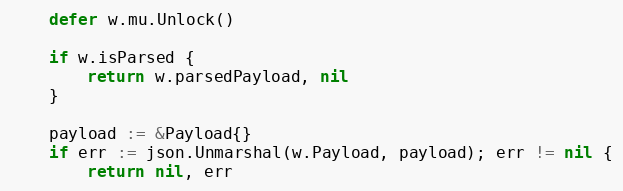
Language: Go
	defer w.mu.Unlock()

	if w.isParsed {
		return w.parsedPayload, nil
	}

	payload := &Payload{}
	if err := json.Unmarshal(w.Payload, payload); err != nil {
		return nil, err